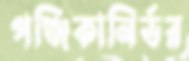
পঞ্জিকানির্ভর